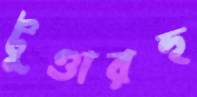
টুণ্ডারহু